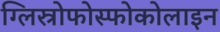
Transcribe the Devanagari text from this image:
ग्लिस्रोफोस्फोकोलाइन